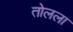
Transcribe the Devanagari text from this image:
तोलला